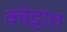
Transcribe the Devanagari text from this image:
क्वेट्टात